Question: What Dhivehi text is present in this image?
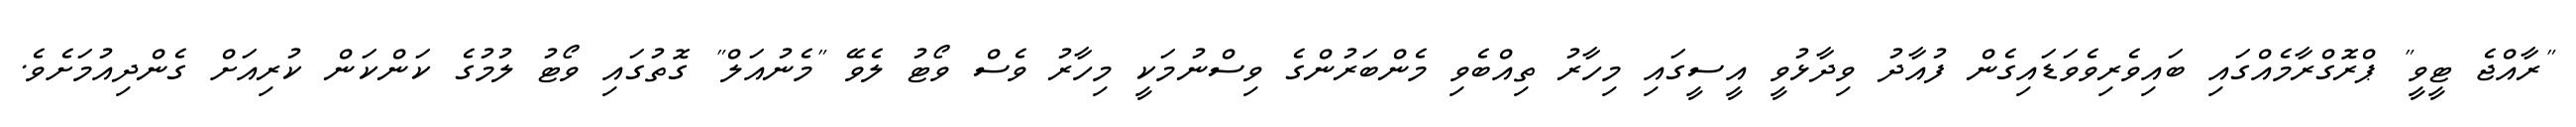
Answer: "ރާއްޖެ ޓީވީ" ޕްރޮގްރާމެއްގައި ބައިވެރިވެވަޑައިގެން ފުއާދު ވިދާޅުވީ އީސީގައި މިހާރު ތިއްބެވި މެންބަރުންގެ ވިސްނުމަކީ މިހާރު ވެސް ވޯޓު ލެވޭ "މެނުއަލް" ގޮތުގައި ވޯޓު ލުމުގެ ކަންކަން ކުރިއަށް ގެންދިއުމަށެވެ.